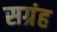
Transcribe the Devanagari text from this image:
सग्रंह